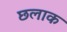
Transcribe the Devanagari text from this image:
छलाक